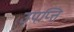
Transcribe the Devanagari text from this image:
उपप्त्ति